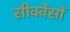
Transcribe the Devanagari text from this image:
सीक्वेंसों